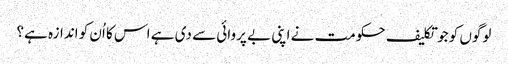
لوگوں کو جو تکلیف حکومت نے اپنی بے پروائی سے دی ہے اس کا اُن کو اندازہ ہے؟